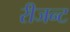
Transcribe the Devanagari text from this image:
रीजन्ट